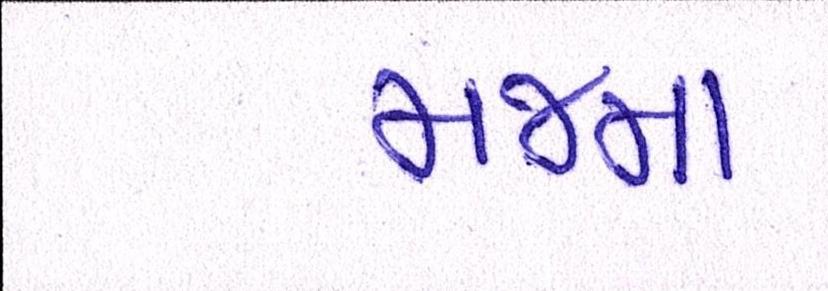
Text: મજમા